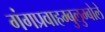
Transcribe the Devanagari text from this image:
गंगप्रवाहम्बुलुम्बोले